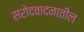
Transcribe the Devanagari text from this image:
सरोदवादनातील